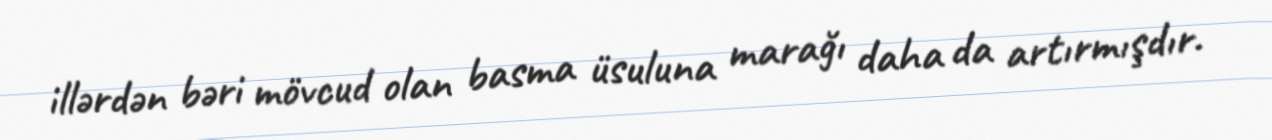
illərdən bəri mövcud olan basma üsuluna marağı daha da artırmışdır.